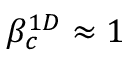
\beta _ { c } ^ { 1 D } \approx 1